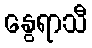
နွေရာသီ